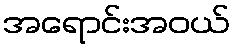
အရောင်းအဝယ်